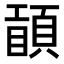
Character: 𥊾